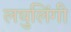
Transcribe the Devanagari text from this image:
लघुलिंगी